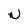
Character: N